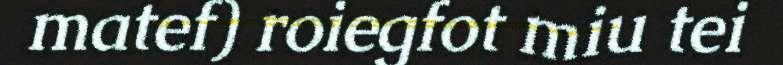
matef) roiegfot miu tei